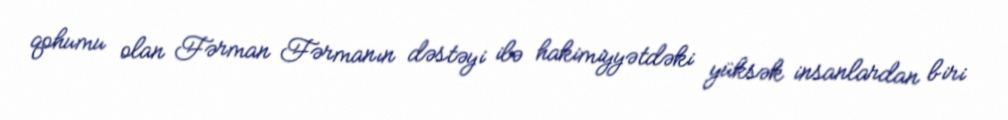
qohumu olan Fərman Fərmanın dəstəyi ilə hakimiyyətdəki yüksək insanlardan biri